Annual report on the health of the army in India
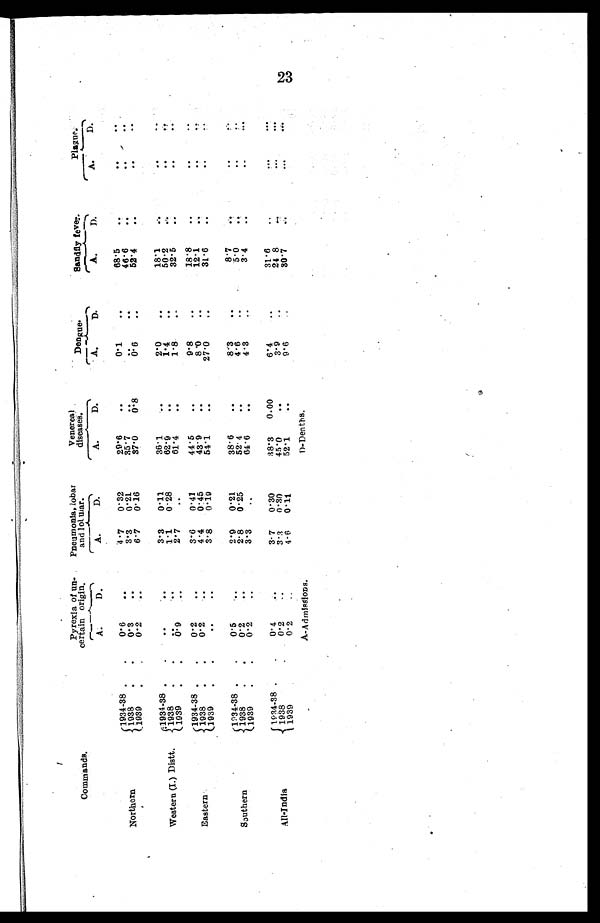
Commands.
Pyrexia of un
¬ certain origin.
Pneumonia, lobar
and lobmar.
Venereal
diseases.
Dengue.
Sandfly fever.
Plague.
A.
D.
A.
D.
A.
D.
A.
D.
A.
D.
A.
D.
Northern
1934-38.
0.6
. . .
4.7
0.32
29.6
. . .
0.1
. .
68.5
. .
. .
1938
0.3
. .
3.3
0.21
35.7
. .
46.6
. .
. .
..
1 9 3 9 . .
0.2
. .
6.7
0.16
37.0
0 . 8
0 . 6
. .
52.4
. .
. .
. .
Western (I.) Distt.
1934-38.
. .
3.3
0.11
36.1
..
2.0
18.1
. .
. .
. .
1938..
. .
1.1
0.28
62.9
. .
1.4
. .
50.2
..
1939..
0.9
..
2.7
..
61.4
..
1.8
. .
32.5
. .
. .
. .
Eastern
1934-38.
0.2
..
3.6
0.41
44.5
. .
9.8
. . .
18.8
..
..
..
1 9 3 8
0.2
4.4
0.45
43.9
8.0
12.1
..
. .
.
1939.
..
. .
3.8
0.19
54.1
. .
27.0
..
31.6
. .
..
southern
1 9 3 4 - 3 8
0.5
2.9
0.21
38.6
. .
8.3
..
8.7
..
1 9 3 8
0.2
. .
2 8
0.25
52.4
. .
4.6
..
5.0
1939.
0.2
..
3.3
..
64.6
. .
4.3
3.4
. .
-
. . .
All-India
1 9 3 4 - 3 8
0.4
3.7
0.30
38.3
0.00
6.4
..
31.6
..
. .
. . .
1 9 3 8
0.2
..
3.3
0.30
45.0
..
3.9
24.8
. . .
. . .
1939
0.2
..
4.6
0.11
52.1
. . .
9.6
30.7
...
. . .
A-Admissions.
D-Deaths.
23